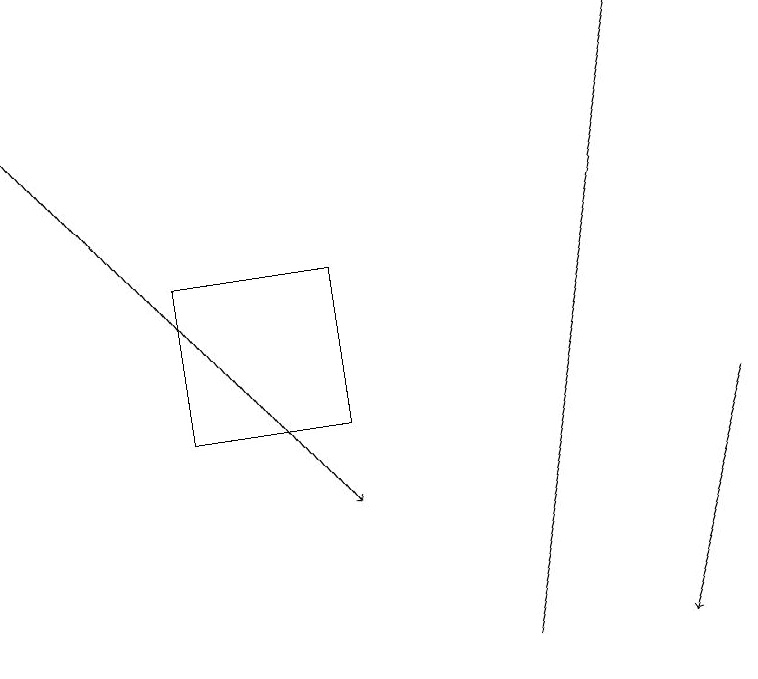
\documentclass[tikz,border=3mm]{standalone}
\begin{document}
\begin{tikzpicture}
\draw[->] (6,11) -- (8,19);
\draw[->] (0,18) -- (4,13);
\draw (2,16) rectangle (4,14);
\draw[->] (9,14) -- (8,11);
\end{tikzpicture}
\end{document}